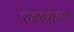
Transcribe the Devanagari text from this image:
कवड्यांच्‍या